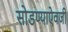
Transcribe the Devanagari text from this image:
सोडण्याऐवजी